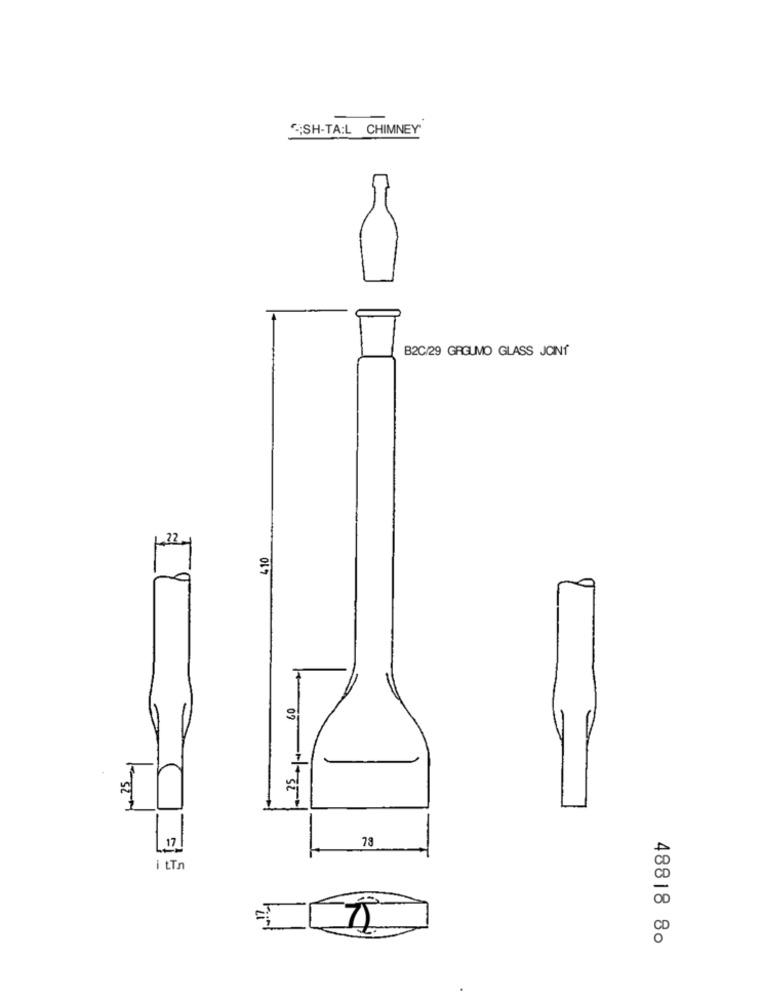
;SH-TA:L CHIMNEY"
B2C/29 GRGUMO GLASS JOINT
1-32y
410
25
25-
78
17
i tTn
48818 80